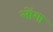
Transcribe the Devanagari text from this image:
लोंगा